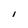
Character: I